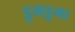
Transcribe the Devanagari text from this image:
डूमडूमा